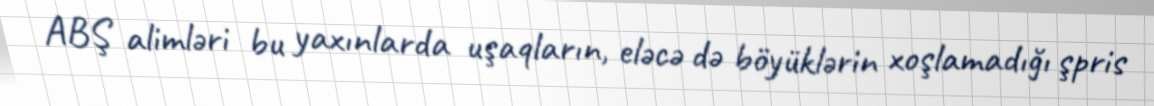
ABŞ alimləri bu yaxınlarda uşaqların, eləcə də böyüklərin xoşlamadığı şpris